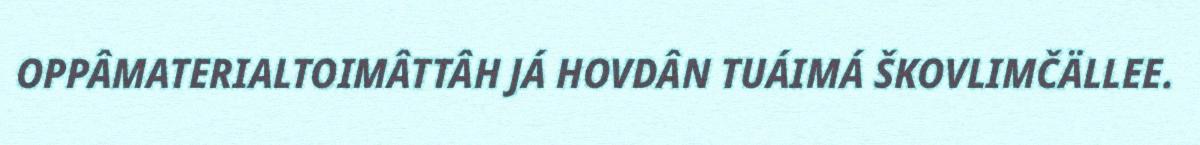
OPPÂMATERIALTOIMÂTTÂH JÁ HOVDÂN TUÁIMÁ ŠKOVLIMČÄLLEE.